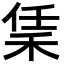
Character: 𬓧